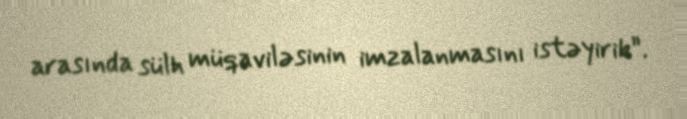
arasında sülh müqaviləsinin imzalanmasını istəyirik”.